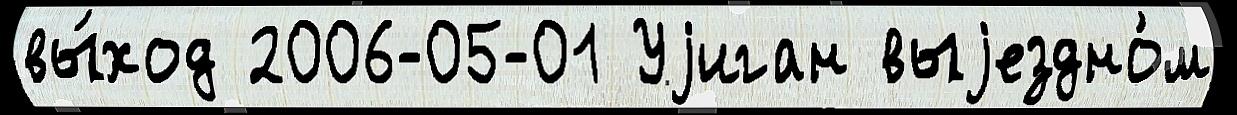
вы́ход 2006-05-01 Уjиган выjездно́м